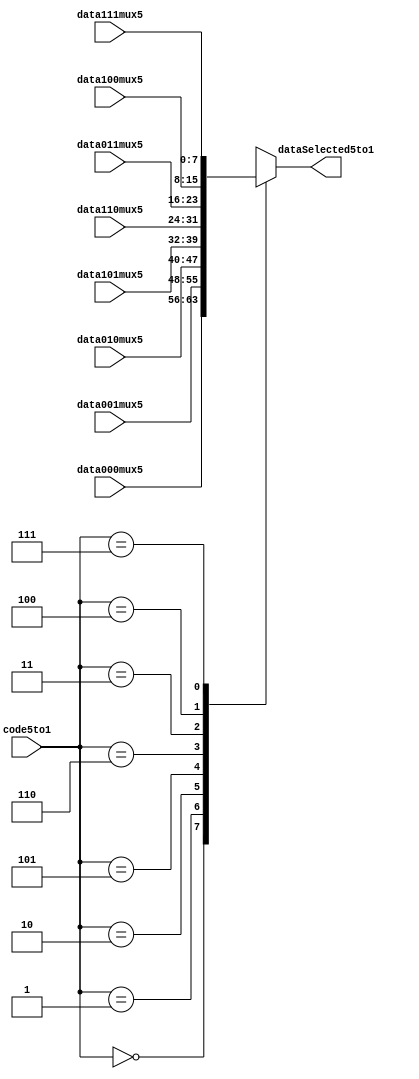
module mux5to1(data000mux5,data010mux5,data101mux5,data001mux5,data110mux5,data011mux5,data100mux5,data111mux5,code5to1,dataSelected5to1);
parameter size = 8;

input [size-1:0] data000mux5,data010mux5,data101mux5,data001mux5,data110mux5,data011mux5,data100mux5,data111mux5;
input [2:0] code5to1;
output [size-1:0] dataSelected5to1;
reg [size-1:0] dataSelected5to1;

always@(*)
begin
	case(code5to1)
	3'b000:dataSelected5to1 = data000mux5;
	3'b001:dataSelected5to1 = data001mux5;
	3'b010:dataSelected5to1 = data010mux5;
	3'b101:dataSelected5to1 = data101mux5;
	3'b110:dataSelected5to1 = data110mux5;
	3'b011:dataSelected5to1 = data011mux5;
	3'b100:dataSelected5to1 = data100mux5;
	3'b111:dataSelected5to1 = data111mux5;
	default: dataSelected5to1 = 8'bx;
	endcase
end

endmodule